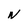
Character: N